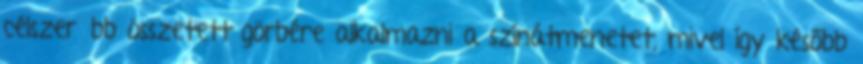
célszerűbb összetett görbére alkalmazni a színátmenetet, mivel így később